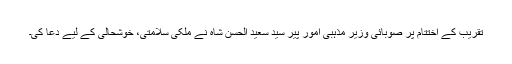
تقریب کے اختتام پر صوبائی وزیر مذہبی امور پیر سید سعید الحسن شاہ نے ملکی سلامتی، خوشحالی کے لیے دعا کی۔